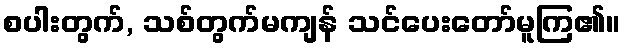
စပါးတွက်, သစ်တွက်မကျန် သင်ပေးတော်မူကြ၏။